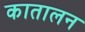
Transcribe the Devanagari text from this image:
कातालन